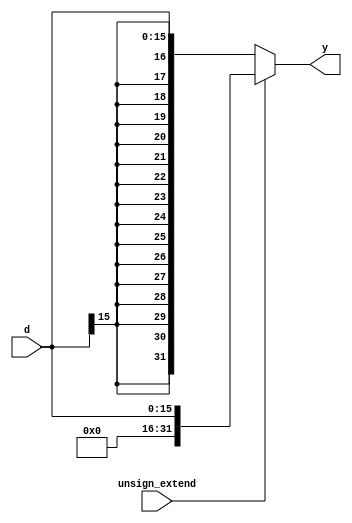
module extend(
	input wire unsign_extend,
	input wire[15:0] d,
	output wire[31:0] y
    );
	
	assign y = (unsign_extend)?{16'b0, d}:{{16{d[15]}}, d};
endmodule